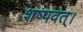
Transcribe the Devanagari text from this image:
शष्पवत्‌।